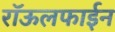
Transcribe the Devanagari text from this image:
रॉऊलफाईन